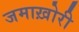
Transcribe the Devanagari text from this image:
जमाख़ोरी